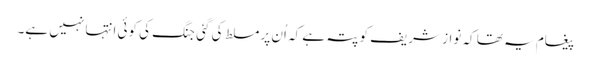
پیغام یہ تھا کہ نواز شریف کو پتہ ہے کہ اُن پر مسلط کی گئی جنگ کی کوئی انتہا نہیں ہے۔